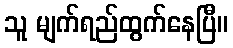
သူ မျက်ရည်ထွက်နေပြီ။